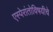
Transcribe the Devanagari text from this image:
एस्पेरांतोविषयीचे